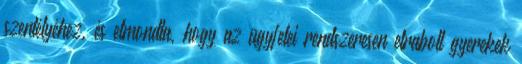
szentélyéhez, és elmondta, hogy az ügyfelei rendszeresen elrabolt gyerekek